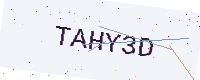
Text: TAHY3D